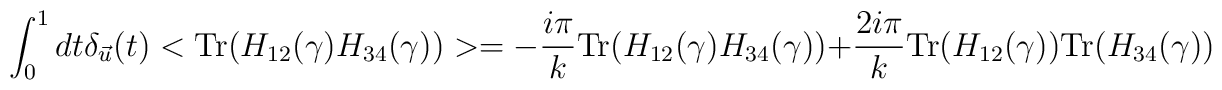
\int_0^1 dt \delta_{\vec{u}}(t) <{\rm Tr}(H_{12}(\gamma)H_{34}(\gamma))> = -{i \pi \over k} {\rm Tr}(H_{12}(\gamma) H_{34}(\gamma))+{2i \pi \over k} {\rm Tr}(H_{12}(\gamma))  {\rm Tr}(H_{34}(\gamma))